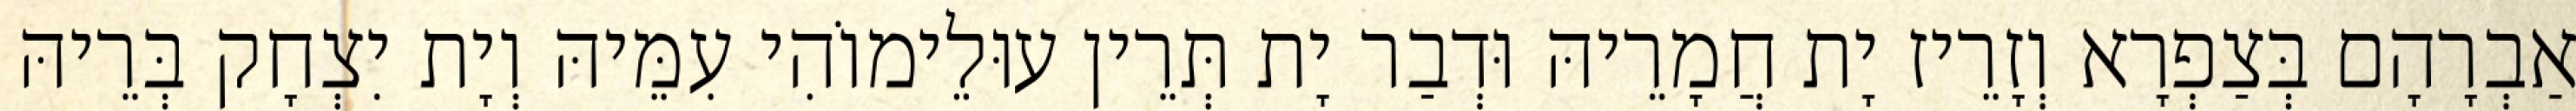
אַבְרָהָם בְּצַפְרָא וְזָרֵיז יָת חֲמָרֵיהּ וּדְבַר יָת תְּרֵין עוּלֵימוֹהִי עִמֵּיהּ וְיָת יִצְחָק בְּרֵיהּ